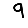
Digit: 9